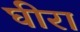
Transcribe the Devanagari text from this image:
घीरा